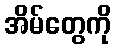
အိမ်တွေကို